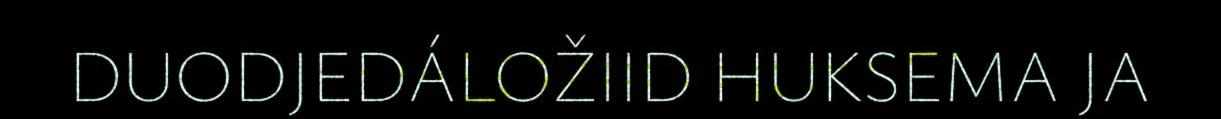
DUODJEDÁLOŽIID HUKSEMA JA